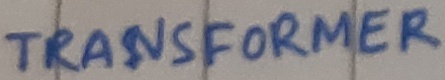
Text: TRANSFORMER